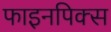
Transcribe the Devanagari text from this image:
फाइनपिक्स